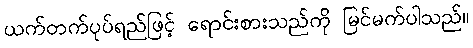
ယက်တက်ပုပ်ရည်ဖြင့် ရောင်းစားသည်ကို မြင်မက်ပါသည်။